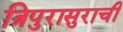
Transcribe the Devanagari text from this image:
त्रिपुरासुराची